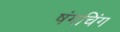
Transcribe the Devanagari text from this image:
षंगचिंग